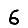
Digit: 6